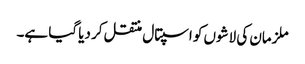
ملزمان کی لاشوں کو اسپتال منتقل کر دیا گیا ہے۔